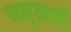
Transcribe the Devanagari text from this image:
बद्लावे